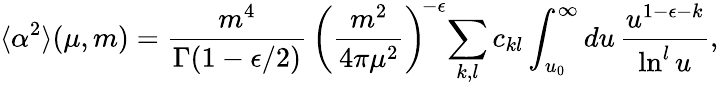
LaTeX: \langle\alpha^{2}\rangle(\mu,m)=\frac{m^{4}}{\Gamma(1-\epsilon/2)}\, \left(\frac{m^{2}}{4\pi\mu^{2}}\right)^{\! -\epsilon}\! \sum_{k,l}c_{kl}\int_{u_{0}}^{\infty}du\, \frac{u^{1-\epsilon-k}}{\ln^{l}u},